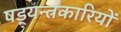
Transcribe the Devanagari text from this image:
षड्‍यन्त्रकारियों